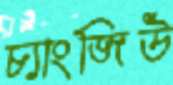
চ্যাংজিউ